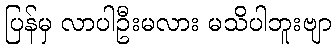
ပြန်မှ လာပါဦးမလား မသိပါဘူးဗျာ